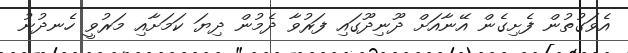
އެވަގުތުން ފެށިގެން އޭނާއަށް ދޫނިދޫގައި ފަރުވާ ދެމުން ދިޔަ ކަމަށާއި މަރުވީ ހެނދުނު